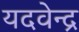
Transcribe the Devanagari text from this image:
यदवेन्द्र